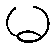
မ